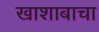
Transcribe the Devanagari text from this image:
खाशाबाचा